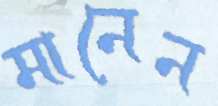
মানেন